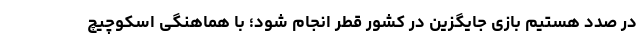
در صدد هستیم بازی جایگزین در کشور قطر انجام شود؛ با هماهنگی اسکوچیچ